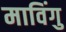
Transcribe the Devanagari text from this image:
माविंगु